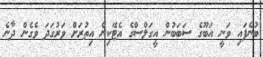
ބުނެފައި ވަނީ އަބޫގެ ސަބަބުން އީގަލްސްގެ އެޓޭކިން އިތުރަށް ވަރުގަދަ ވެގެން ދާނެ